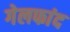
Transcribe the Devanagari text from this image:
गेलफांद